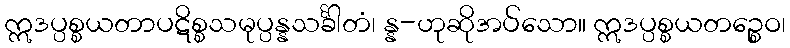
ဣဒပ္ပစ္စယတာပဋိစ္စသမုပ္ပန္နသင်္ခါတံ၊ န္န-ဟုဆိုအပ်သော။ ဣဒပ္ပစ္စယတဉ္စေဝ၊